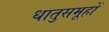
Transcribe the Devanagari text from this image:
धातुसमूहों